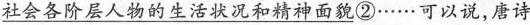
\underline{社会各阶层人物的生活状况和精神面貌}②……可以说，唐诗